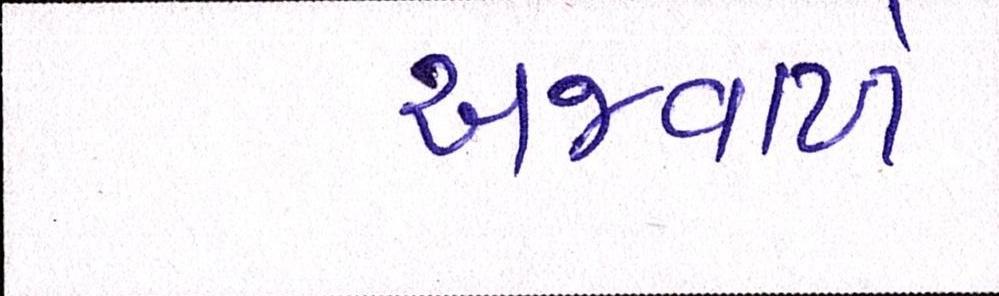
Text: અજવાળે